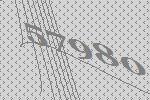
57980